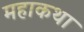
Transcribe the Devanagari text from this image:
महाकथा